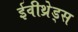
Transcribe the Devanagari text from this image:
ईवीथ्रेड्स